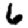
Digit: 6